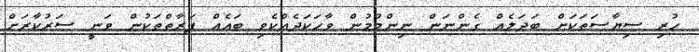
ހުރި ސިޔާސަތަކަށް ބަދަލެއް ގެންނަން ނިންމުމުން ވާހަކަދެއްކެވި ބައެއް ފަރާތްތަކުން ވަނީ ސަރުކާރަށް